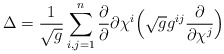
\begin{align*}\Delta=\frac{1}{\sqrt g}\sum_{i,j=1}^{n}\frac{\partial}{\partial}{\partial\chi^i}\Big(\sqrt g g^{ij}\frac{\partial}{\partial\chi^j}\Big)\end{align*}